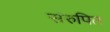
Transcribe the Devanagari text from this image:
संरुपित